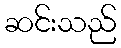
ဆင်းသည်